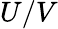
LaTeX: U/V